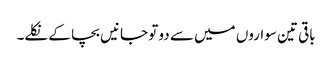
باقی تین سواروں میں سے دو تو جانیں بچا کے نکلے۔